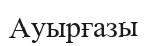
Ауырғазы